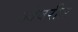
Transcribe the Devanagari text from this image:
ओवरीत